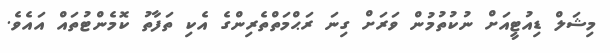
މިޝަލް ޑިއުޓީއަށް ނުކުތުމުން ވަރަށް ގިނަ ރަޙްމަތްތެރިންގެ އެކި ތަފާތު ކޮމެންޓުތައް އައެވެ.